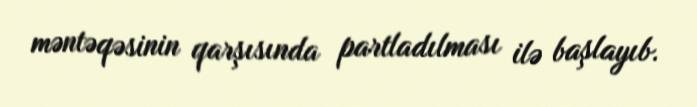
məntəqəsinin qarşısında partladılması ilə başlayıb.